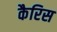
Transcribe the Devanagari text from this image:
कैरिस